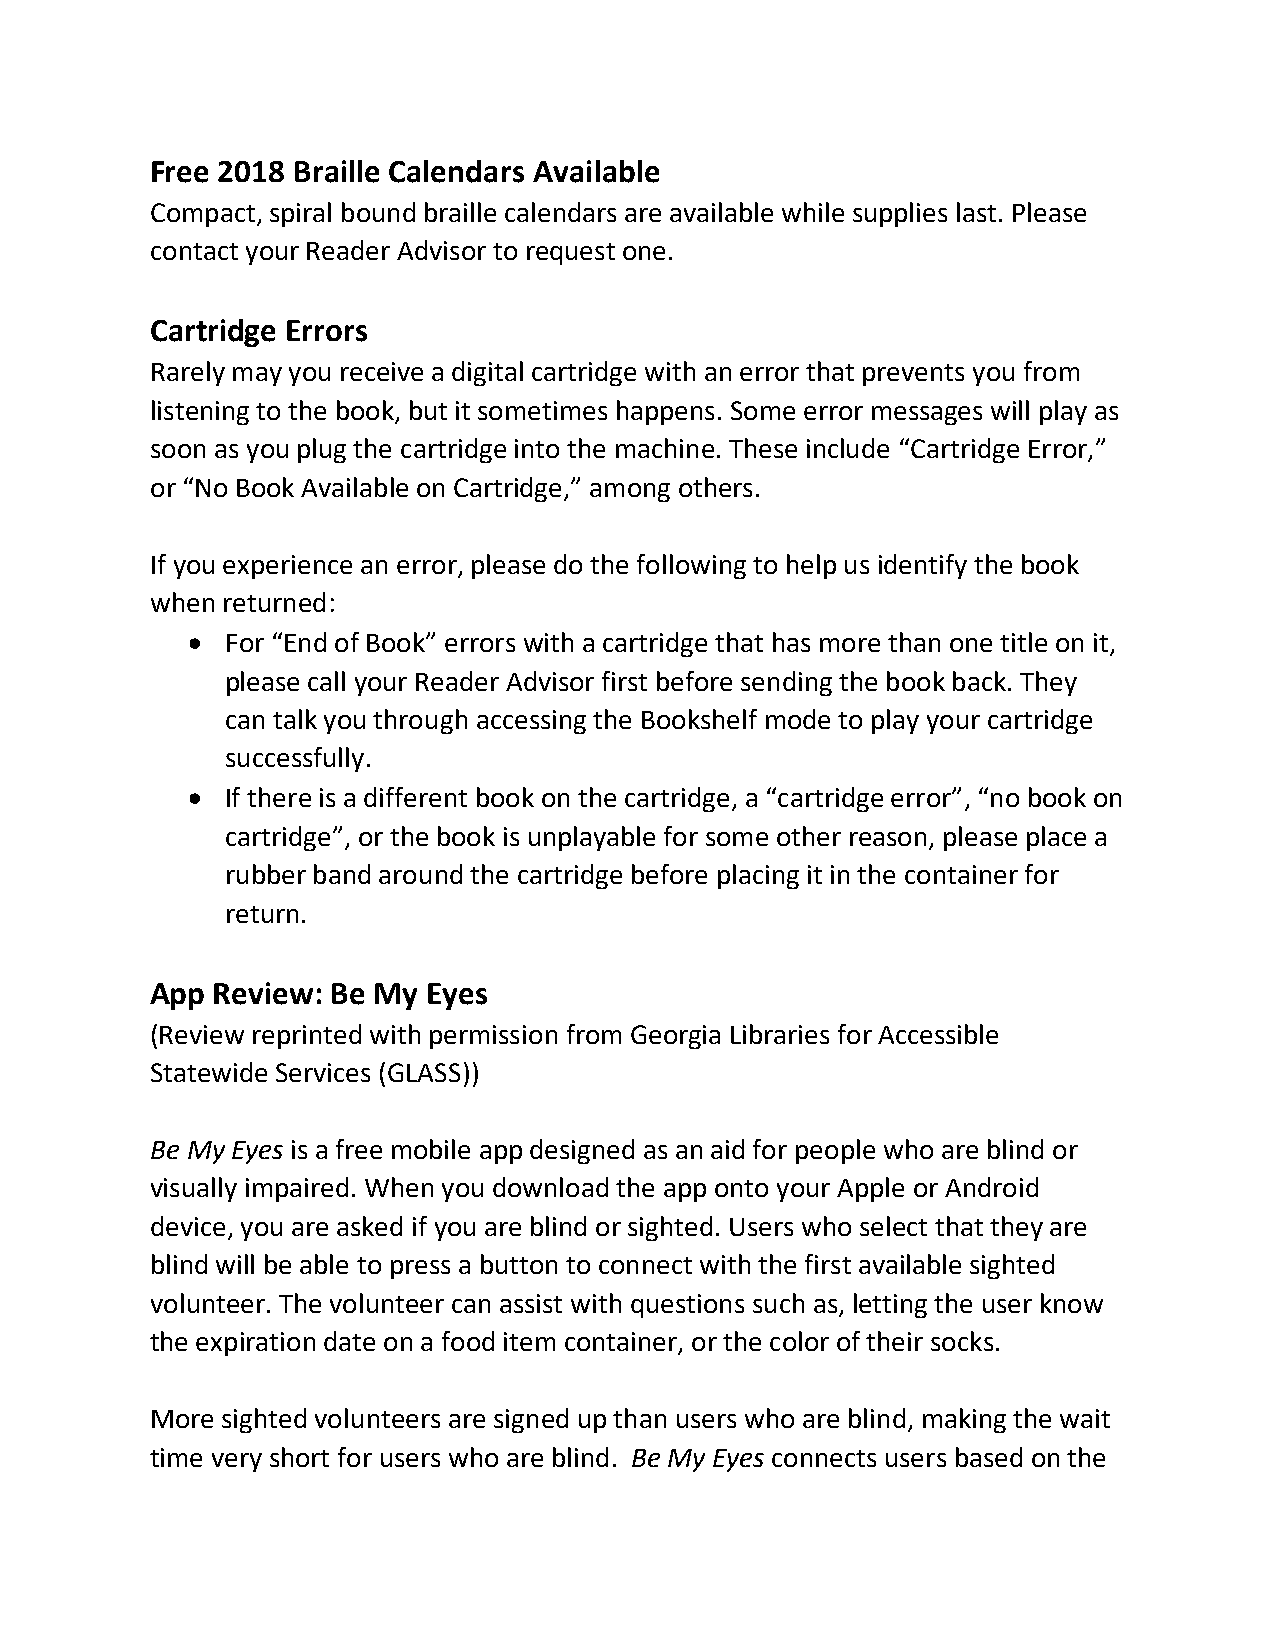
Free 2018 Braille Calendars Available
 Compact, spiral bound braille calendars are available while supplies last. Please
 contact your Reader Advisor to request one.
 Cartridge Errors
 Rarely may you receive a digital cartridge with an error that prevents you from
 listening to the book, but it sometimes happens. Some error messages will play as
 soon as you plug the cartridge into the machine. These include “Cartridge Error,”
 or “No Book Available on Cartridge,” among others.
 If you experience an error, please do the following to help us identify the book
 when returned:
   For “End of Book” errors with a cartridge that has more than one title on it,
 please call your Reader Advisor first before sending the book back. They
 can talk you through accessing the Bookshelf mode to play your cartridge
 successfully.
   If there is a different book on the cartridge, a “cartridge error”, “no book on
 cartridge”, or the book is unplayable for some other reason, please place a
 rubber band around the cartridge before placing it in the container for
 return.
 App Review: Be My Eyes
 (Review reprinted with permission from Georgia Libraries for Accessible
 Statewide Services (GLASS))
 Be My Eyes is a free mobile app designed as an aid for people who are blind or
 visually impaired. When you download the app onto your Apple or Android
 device, you are asked if you are blind or sighted. Users who select that they are
 blind will be able to press a button to connect with the first available sighted
 volunteer. The volunteer can assist with questions such as, letting the user know
 the expiration date on a food item container, or the color of their socks.
 More sighted volunteers are signed up than users who are blind, making the wait
 time very short for users who are blind. Be My Eyes connects users based on the